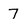
Character: 7